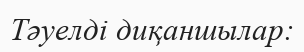
Тәуелді диқаншылар: